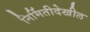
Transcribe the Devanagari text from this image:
निर्मितीदेखील